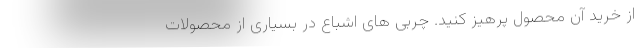
از خرید آن محصول پرهیز کنید. چربی های اشباع در بسیاری از محصولات